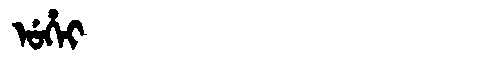
Manchu: ᡠᡥᡝᡳ
Romanization: UHEI